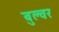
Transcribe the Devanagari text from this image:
बुल्वर